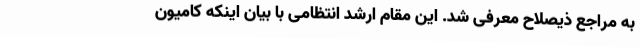
به مراجع ذیصلاح معرفی شد. این مقام ارشد انتظامی با بیان اینکه کامیون